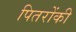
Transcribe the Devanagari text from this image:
पितरोंकी